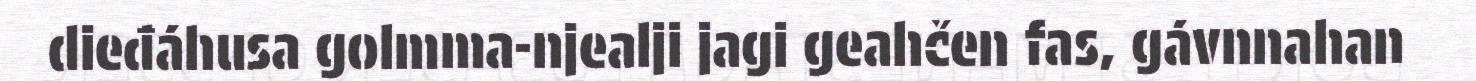
dieđáhusa golmma-njealji jagi geahčen fas, gávnnahan